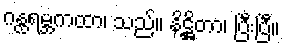
ဂန္ထရမ္ဘကထာ၊ သည်။ နိဋ္ဌိတာ၊ ပြီးပြီ။